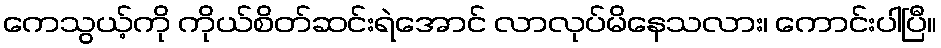
ကေသွယ့်ကို ကိုယ်စိတ်ဆင်းရဲအောင် လာလုပ်မိနေသလား၊ ကောင်းပါပြီ။